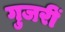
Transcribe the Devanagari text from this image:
गुजरीं